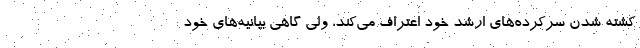
کشته شدن سرکرده‌های ارشد خود اعتراف می‌کند، ولی گاهی بیانیه‌های خود